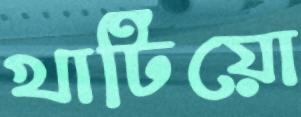
খাটিয়ো